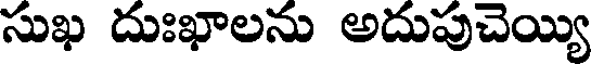
సుఖ దుఃఖాలను అదుపుచెయ్యి